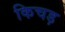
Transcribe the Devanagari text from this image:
किचड़